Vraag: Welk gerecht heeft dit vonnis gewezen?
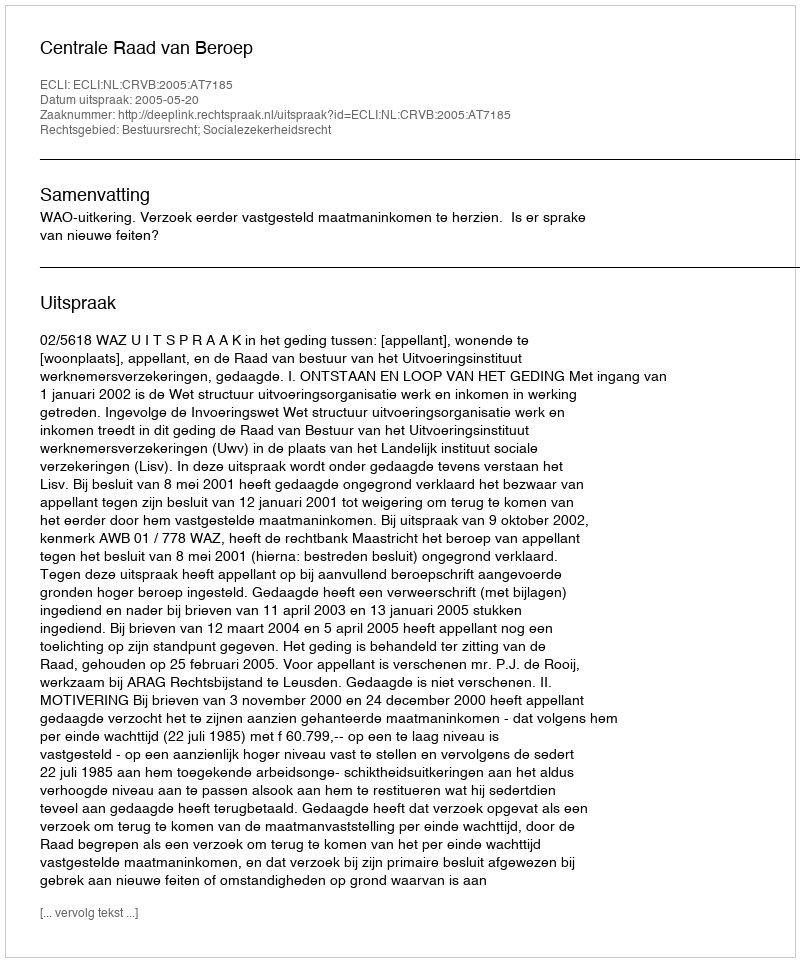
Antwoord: Centrale Raad van Beroep